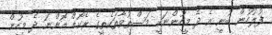
ފުލުހުން ބުނީ އެ ދެ މީހުންނަކީ މަސްތުވާތަކެތީގެ ރެކޯޑް އޮންނަ ދެ މީހުން